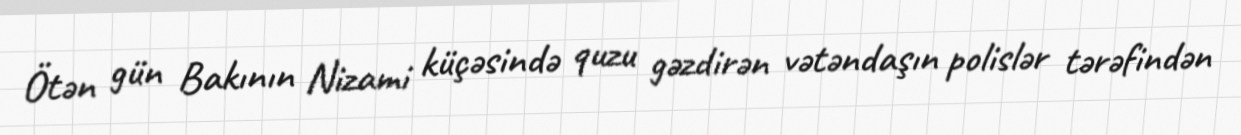
Ötən gün Bakının Nizami küçəsində quzu gəzdirən vətəndaşın polislər tərəfindən